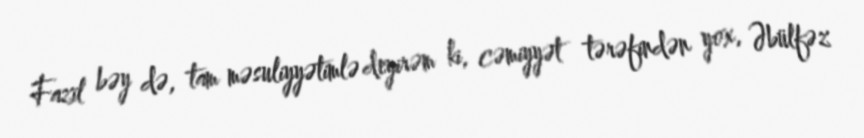
Fazil bəy də, tam məsuliyyətimlə deyirəm ki, cəmiyyət tərəfindən yox, Əbülfəz